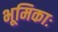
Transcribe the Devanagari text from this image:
भूमिकाः